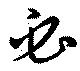
必